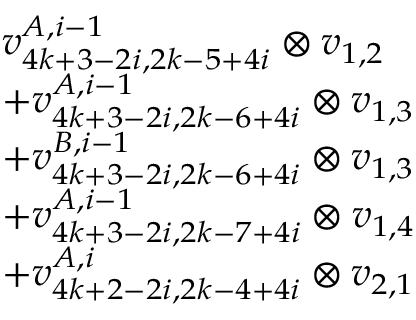
\begin{array} { r l } & { v _ { 4 k + 3 - 2 i , 2 k - 5 + 4 i } ^ { A , i - 1 } \otimes v _ { 1 , 2 } } \\ & { + v _ { 4 k + 3 - 2 i , 2 k - 6 + 4 i } ^ { A , i - 1 } \otimes v _ { 1 , 3 } } \\ & { + v _ { 4 k + 3 - 2 i , 2 k - 6 + 4 i } ^ { B , i - 1 } \otimes v _ { 1 , 3 } } \\ & { + v _ { 4 k + 3 - 2 i , 2 k - 7 + 4 i } ^ { A , i - 1 } \otimes v _ { 1 , 4 } } \\ & { + v _ { 4 k + 2 - 2 i , 2 k - 4 + 4 i } ^ { A , i } \otimes v _ { 2 , 1 } } \end{array}